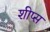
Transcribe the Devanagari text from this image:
शीप्स